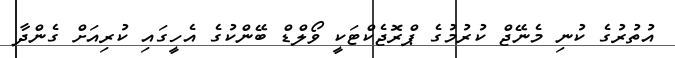
އުުތުރުގެ ކުނި މެނޭޖް ކުުރުމުގެ ޕްރޮޖެކްޓަކީ ވޯލްޑް ބޭންކުގެ އެހީގައި ކުރިއަށް ގެންދާ